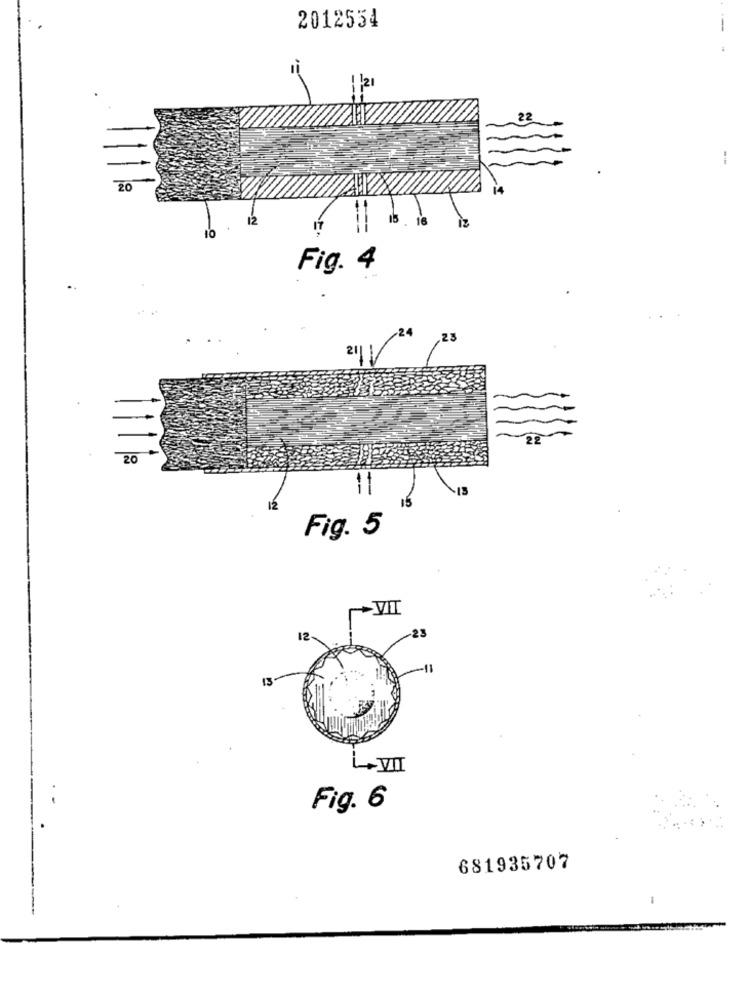
2012534
--
20
12
.O
Fig. 4
23
22
20
15
12
Fig. 5
VII
12
-23
-11
13
L.VI
Fig. 6
681935707